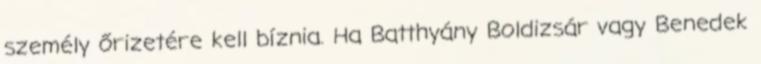
személy őrizetére kell bíznia. Ha Batthyány Boldizsár vagy Benedek